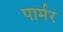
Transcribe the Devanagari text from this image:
पार्मर